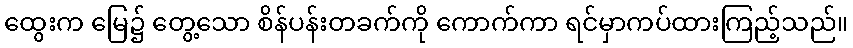
ထွေးက မြေ၌ တွေ့သော စိန်ပန်းတခက်ကို ကောက်ကာ ရင်မှာကပ်ထားကြည့်သည်။